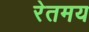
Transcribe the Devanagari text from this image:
रेतमय